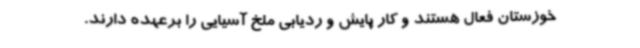
خوزستان فعال هستند و کار پایش و ردیابی ملخ آسیایی را برعهده دارند.